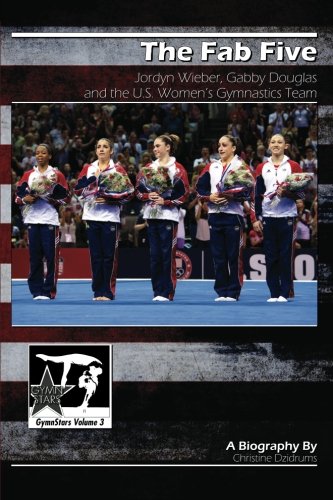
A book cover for The Fab Five: Jordyn Wieber, Gabby Douglas, and the U.S. Women's Gymnastics Team: GymnStars Volume 3; Christine Dzidrums; Children's Books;